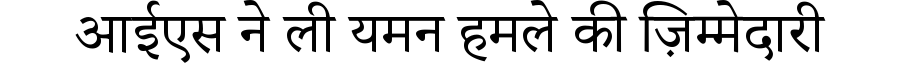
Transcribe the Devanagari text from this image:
आईएस ने ली यमन हमले की ज़िम्मेदारी